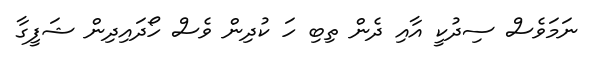
ނަމަވެސް ސިދުކީ އާއި ދެން ތިބި ހަ ކުދިން ވެސް ހޯދައިދިން ޝަފީގާ